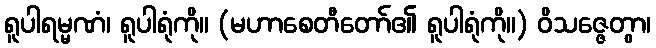
ရူပါရမ္မဏံ၊ ရူပါရုံကို။ (မဟာစေတီတော်၏ ရူပါရုံကို။) ဝိသဇ္ဇေတွာ၊